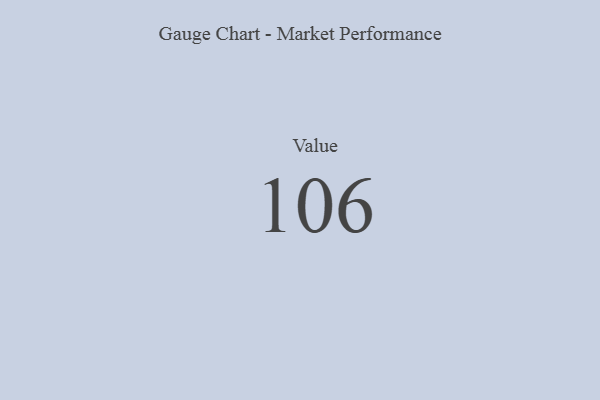
{"axis": {"x": "Metric", "y": "Value"}, "legend": [""], "data": [{"x": "Value", "y": 106, "type": ""}]}